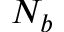
N _ { b }